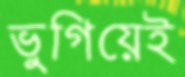
ভুগিয়েই